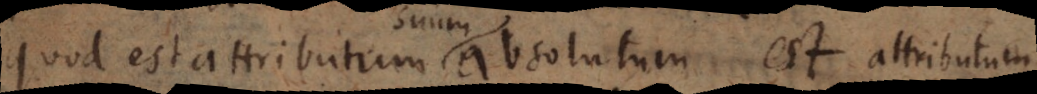
Quod est attributum absolutum est attributum